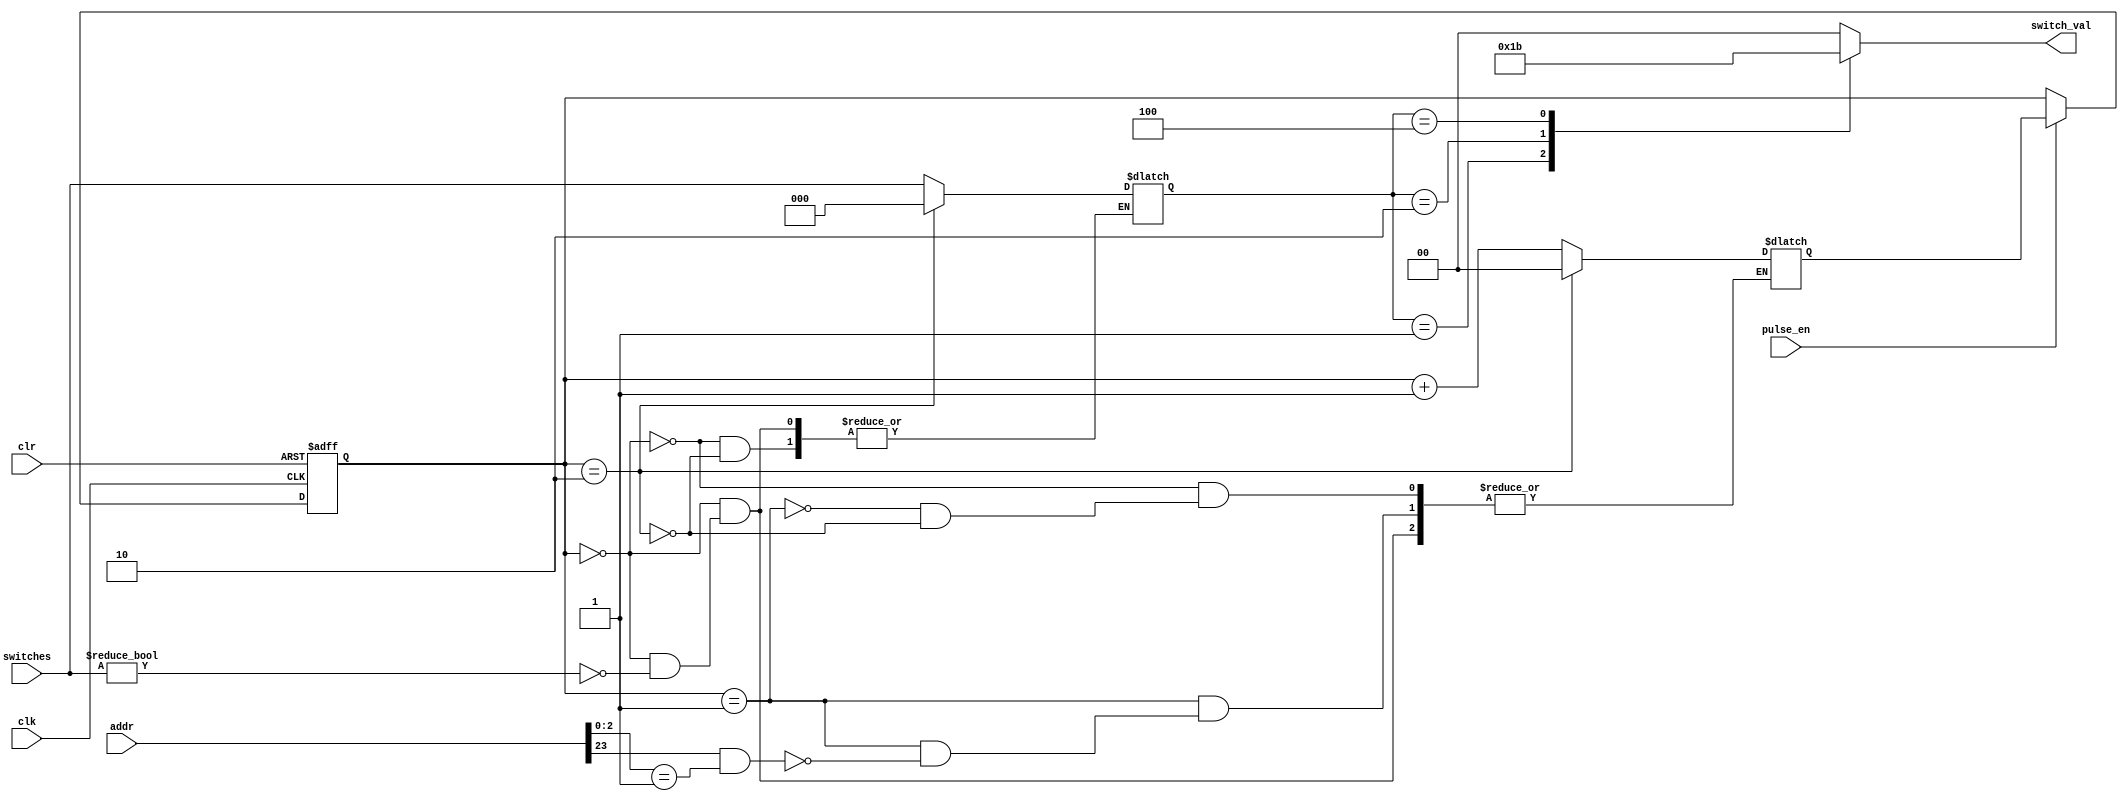

module switch_handler
(
	input clk,
	input clr,
	input pulse_en,
	input [31:0] addr,
	input [2:0] switches,	// the switch pins
	output reg [1:0] switch_val // registered switch value
);

reg [1:0] cur_state;
reg [1:0] next_state;
reg [2:0] switch_reg;

// register the switches
always @(posedge clk or posedge clr)
	if (clr)
		cur_state <= 0;
	else if (pulse_en)
		cur_state <= next_state;

always @(*)
	case (cur_state)
		0:	begin
				if (switches) // if switches is set set next state
				begin
					switch_reg = switches;
					next_state = cur_state + 1'b1;
				end
			end
		1:	begin
				if(addr[23] && (addr[2:0] == 3'b001))// old switch_val high for one more cycle, so the processor can read it
				begin
				next_state = cur_state + 1'b1;
				end
			end
		2:	begin
				// unset the switch_reg when processor reads it's value
				switch_reg = 0;
				next_state = 0;
			end
	endcase

// map switches to values 1-3, or 0 if none pressed
always @(*)
	case (switch_reg)
		3'b001: 	switch_val = 2'b01;
		3'b010: 	switch_val = 2'b10;
		3'b100: 	switch_val = 2'b11;
		default: 	switch_val = 2'b00;
	endcase

endmodule